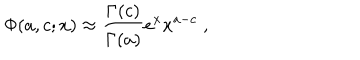
\Phi ( a , c ; x ) \approx { \frac { { \Gamma ( c ) } } { \Gamma ( a ) } } e ^ { x } x ^ { a - c } \; , \;